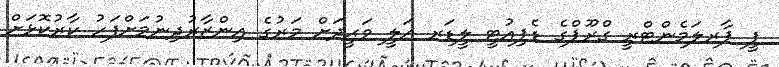
ޕީ ޕާރލަމެންޓްރީ ގްރޫޕްގެ ޑެޕިއުޓީ ލީޑަރ ޢަލީ ވަޙީދަށް މަރުގެ އިންޒާރުދިނުމަށްފަހު ކާރުކޮޅަށް